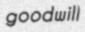
goodwill